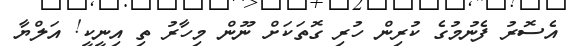
އެސޮރު ފެނުމުގެ ކުރިން ހުރި ގޮތަކަށް ނޫން މިހާރު ތި އިނީކީީ! އަލްޔާ